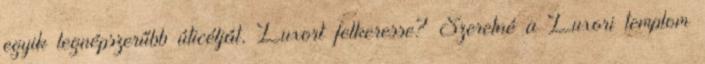
egyik legnépszerűbb úticélját, Luxort felkeresse? Szeretné a Luxori templom